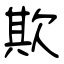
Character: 欺